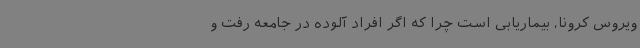
ویروس کرونا، بیماریابی است چرا که اگر افراد آلوده در جامعه رفت‌ و